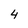
Character: 4